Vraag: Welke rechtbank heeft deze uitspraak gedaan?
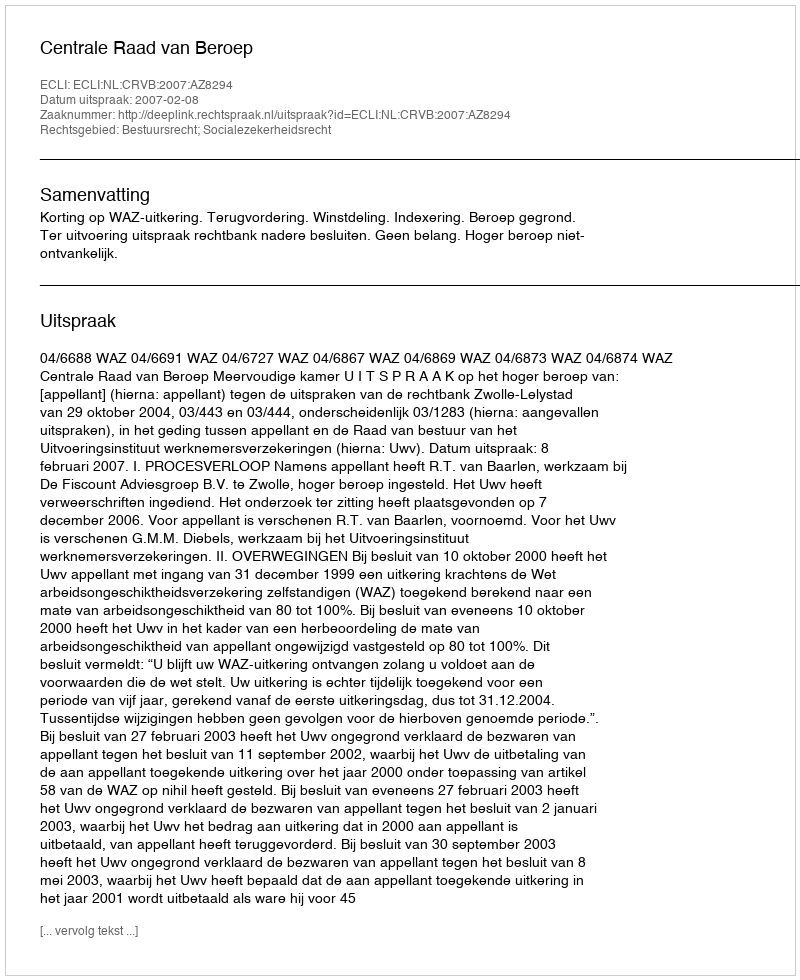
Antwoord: Centrale Raad van Beroep